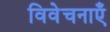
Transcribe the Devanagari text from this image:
विवेचनाएँ